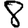
Digit: 8